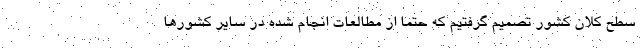
سطح کلان کشور تصمیم گرفتیم که حتما از مطالعات انجام شده در سایر کشورها